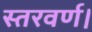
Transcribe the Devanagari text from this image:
स्तरवर्ण।